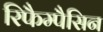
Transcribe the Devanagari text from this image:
रिफैम्पैसिन